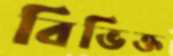
বিভিক্ত